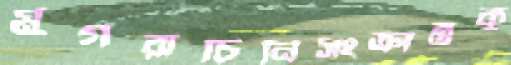
মুগরাচিনিসংক্রান্তকু